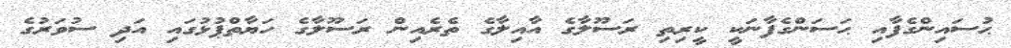
ޙުސައިންގެފާއި ޙަސަންގެފާނަކީ ކީރިތި ރަސޫލާގެ އާއިލާގެ ތެރެއިން ރަސޫލާގެ ހަޔާތްޕުޅުގައި އަދި ސުވަރުގެ